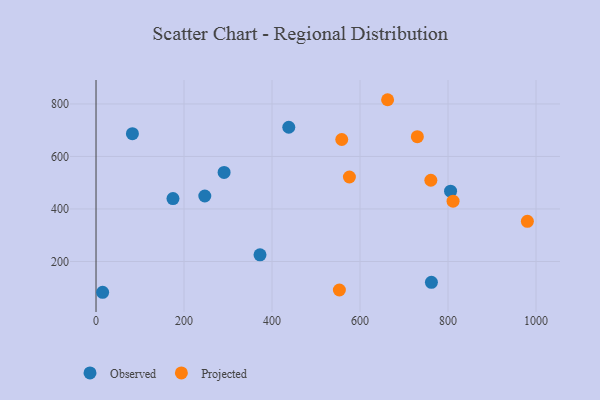
{"axis": {"x": "Study Hours", "y": "Profit"}, "legend": ["Observed", "Projected"], "data": [{"x": "291.1", "y": 539.1, "type": "Observed"}, {"x": "82.7", "y": 686.7, "type": "Observed"}, {"x": "372.7", "y": 225.2, "type": "Observed"}, {"x": "805.8", "y": 467.6, "type": "Observed"}, {"x": "15.0", "y": 82.7, "type": "Observed"}, {"x": "174.9", "y": 439.4, "type": "Observed"}, {"x": "247.2", "y": 449.3, "type": "Observed"}, {"x": "762.3", "y": 120.7, "type": "Observed"}, {"x": "438.1", "y": 711.1, "type": "Observed"}, {"x": "553.1", "y": 91.3, "type": "Projected"}, {"x": "811.5", "y": 429.7, "type": "Projected"}, {"x": "980.4", "y": 352.8, "type": "Projected"}, {"x": "662.7", "y": 816.0, "type": "Projected"}, {"x": "761.0", "y": 509.3, "type": "Projected"}, {"x": "558.5", "y": 664.5, "type": "Projected"}, {"x": "730.3", "y": 675.3, "type": "Projected"}, {"x": "575.9", "y": 521.7, "type": "Projected"}]}